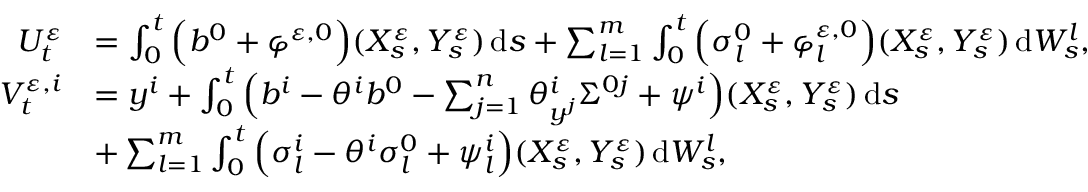
\begin{array} { r l } { U _ { t } ^ { \varepsilon } } & { = \int _ { 0 } ^ { t } \Big ( b ^ { 0 } + \varphi ^ { \varepsilon , 0 } \Big ) ( X _ { s } ^ { \varepsilon } , Y _ { s } ^ { \varepsilon } ) \, \mathrm { d } s + \sum _ { l = 1 } ^ { m } \int _ { 0 } ^ { t } \Big ( \sigma _ { l } ^ { 0 } + \varphi _ { l } ^ { \varepsilon , 0 } \Big ) ( X _ { s } ^ { \varepsilon } , Y _ { s } ^ { \varepsilon } ) \, \mathrm { d } W _ { s } ^ { l } , } \\ { V _ { t } ^ { \varepsilon , i } } & { = y ^ { i } + \int _ { 0 } ^ { t } \Big ( b ^ { i } - \theta ^ { i } b ^ { 0 } - \sum _ { j = 1 } ^ { n } \theta _ { y ^ { j } } ^ { i } \Sigma ^ { 0 j } + \psi ^ { i } \Big ) ( X _ { s } ^ { \varepsilon } , Y _ { s } ^ { \varepsilon } ) \, \mathrm { d } s } \\ & { + \sum _ { l = 1 } ^ { m } \int _ { 0 } ^ { t } \Big ( \sigma _ { l } ^ { i } - \theta ^ { i } \sigma _ { l } ^ { 0 } + \psi _ { l } ^ { i } \Big ) ( X _ { s } ^ { \varepsilon } , Y _ { s } ^ { \varepsilon } ) \, \mathrm { d } W _ { s } ^ { l } , } \end{array}